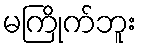
မကြိုက်ဘူး